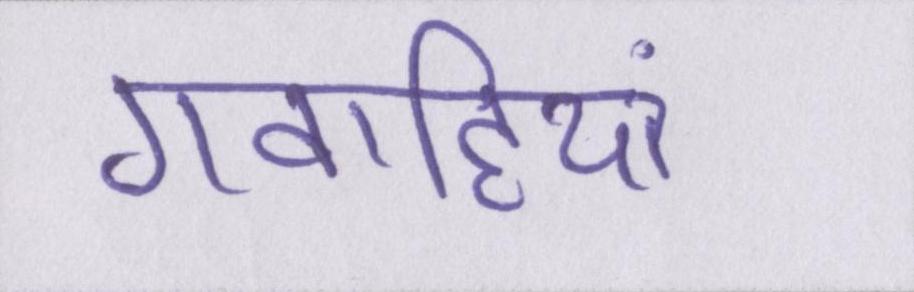
गवाहियां